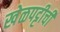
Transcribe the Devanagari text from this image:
खेळपट्टीची